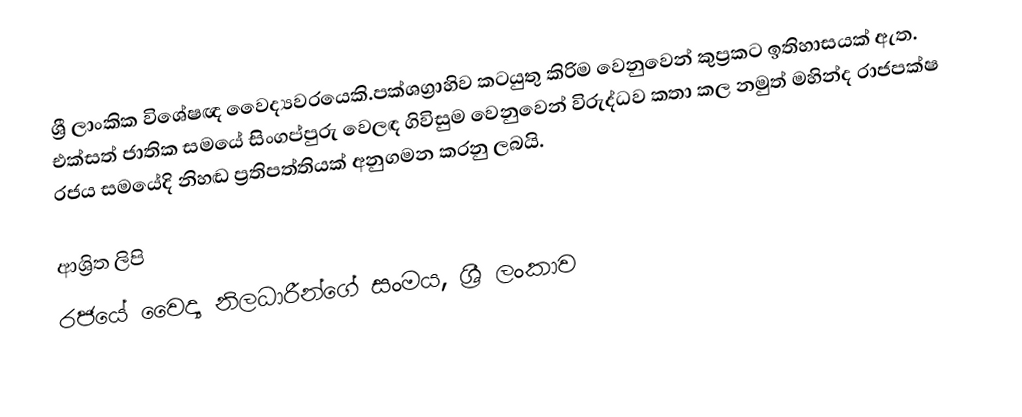
ශ්‍රී ලාංකික විශේෂඥ වෛද්‍යවරයෙකි.පක්ශග්‍රාහිව කටයුතු කිරිම වෙනුවෙන් කුප්‍රකට ඉතිහාසයක් ඇත.     එක්සත් ජාතික සමයේ සිංගප්පුරු වෙලඳ ගිවිසුම වෙනුවෙන් විරුද්ධව කතා කල නමුත්  මහින්ද රාජපක්ෂ  රජය සමයේදි  නිහඬ ප්‍රතිපත්තියක්   අනුගමන කරනු ලබයි.

ආශ්‍රිත ලිපි
 රජයේ වෛද්‍ය නිලධාරීන්ගේ සංමය, ශ්‍රී ලංකාව